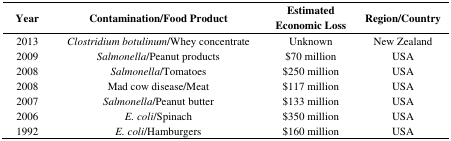
| Year | Contamination/Food Product | Estimated Economic Loss | Region/Country |
 | --- | --- | --- | --- |
 | 2013 | Clostridium botulinum/Whey concentrate | Unknown | New Zealand |
 | 2009 | Salmonella/Peanut products | $70 million | USA |
 | 2008 | Salmonella/Tomatoes | $250 million | USA |
 | 2008 | Mad cow disease/Meat | $117 million | USA |
 | 2007 | Salmonella/Peanut butter | $133 million | USA |
 | 2006 | E. coli/Spinach | $350 million | USA |
 | 1992 | E. coli/Hamburgers | $160 million | USA |